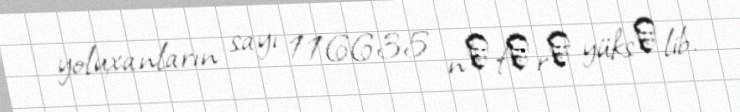
yoluxanların sayı 116635 nәfәrә yüksәlib.